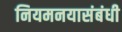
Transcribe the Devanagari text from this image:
नियमनयासंबंधी